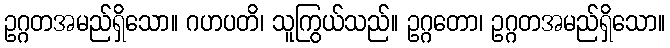
ဥဂ္ဂတအမည်ရှိသော။ ဂဟပတိ၊ သူကြွယ်သည်။ ဥဂ္ဂတော၊ ဥဂ္ဂတအမည်ရှိသော။